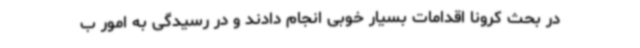
در بحث کرونا اقدامات بسیار خوبی انجام دادند و در رسیدگی به امور ب